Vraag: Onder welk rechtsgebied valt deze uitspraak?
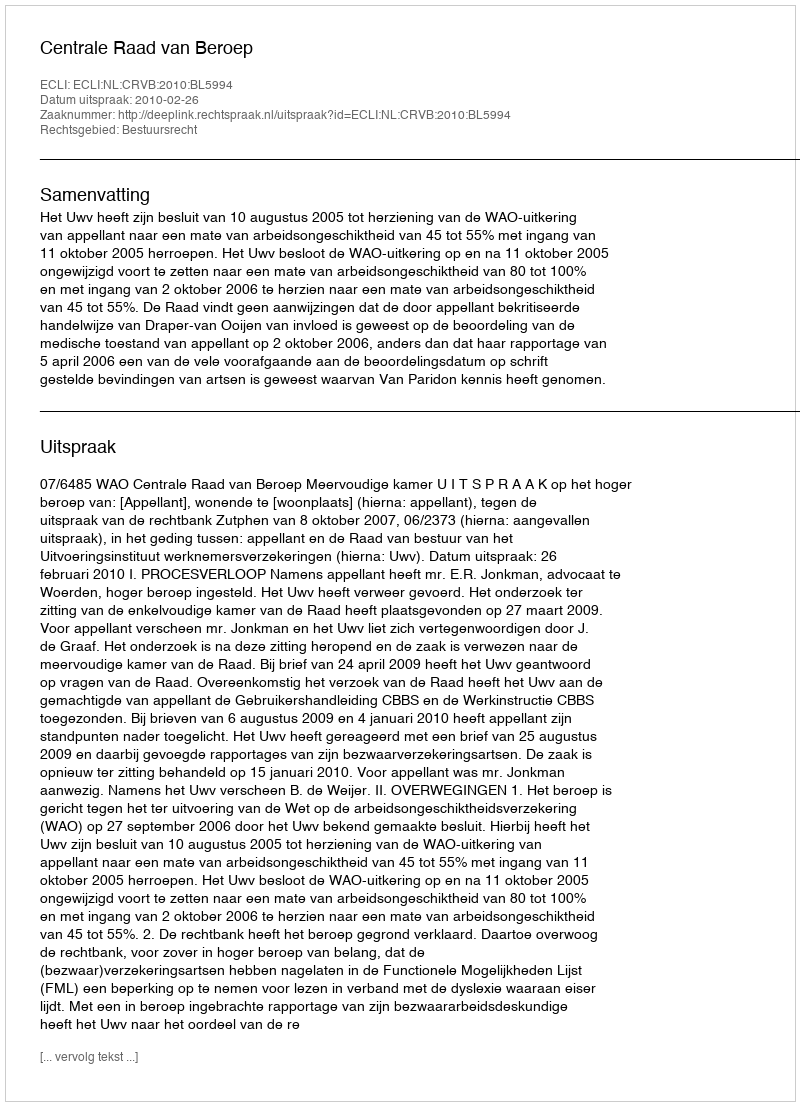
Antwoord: Bestuursrecht